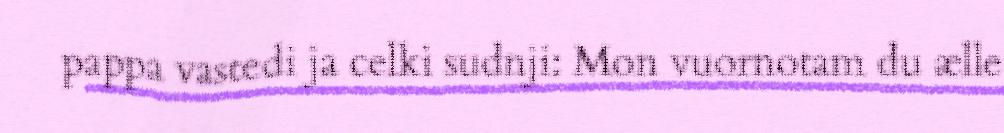
pappa vastedi ja celki sudnji: Mon vuornotam du ælle